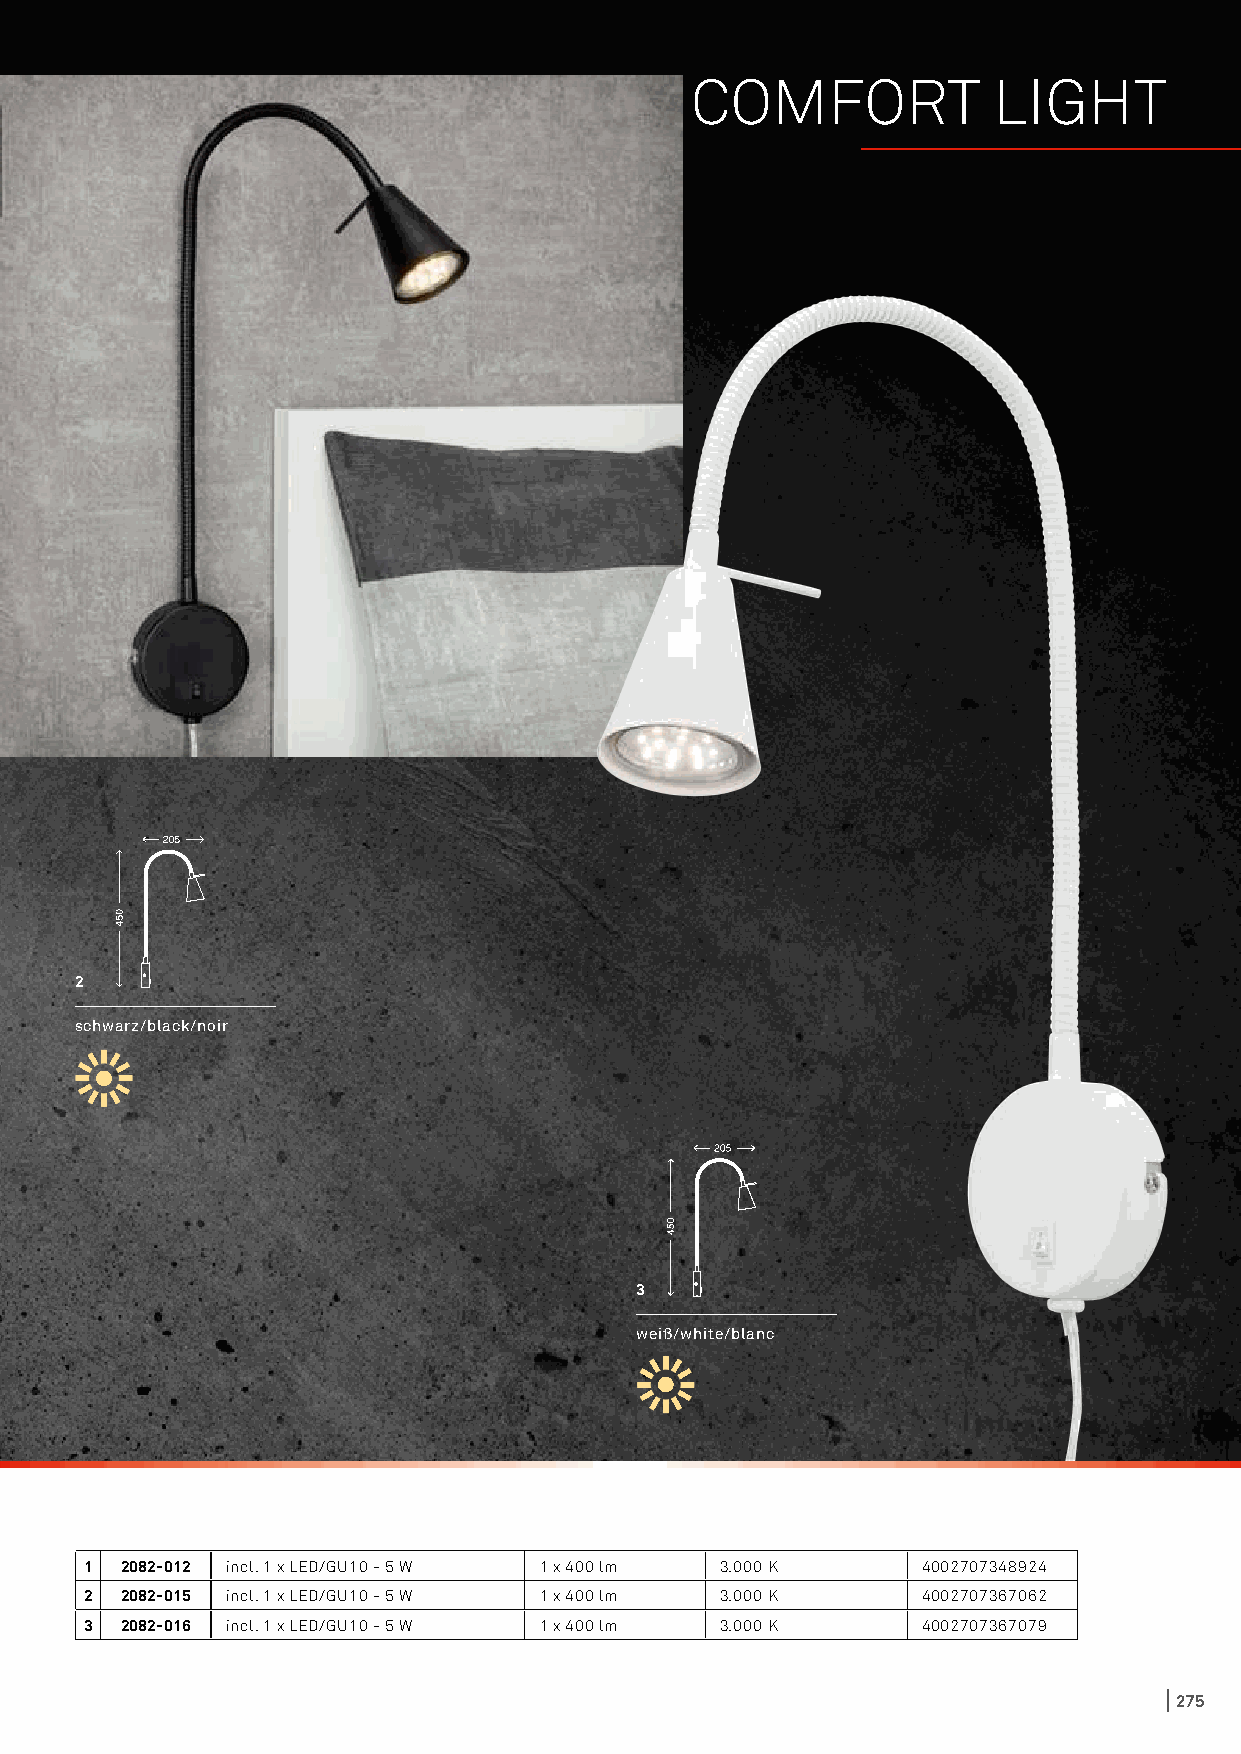
COMFORT             LIGHT
 2
 schwarz/black/noir
 3
 weiß/white/blanc
 1 2082-012 incl. 1 x LED/GU10 - 5 W 1 x 400 lm 3.000 K 4002707348924
 2 2082-015 incl. 1 x LED/GU10 - 5 W 1 x 400 lm 3.000 K 4002707367062
 3 2082-016 incl. 1 x LED/GU10 - 5 W 1 x 400 lm 3.000 K 4002707367079
 275